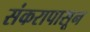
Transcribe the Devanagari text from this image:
संकरापासून